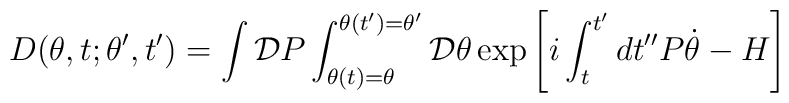
D(\theta,t;\theta',t')=\int{\cal D}P\int_{\theta(t)=\theta}^{\theta(t')=\theta'} {\cal D}\theta\exp\left[i\int_{t}^{t'}dt'' P\dot{\theta}-H\right]